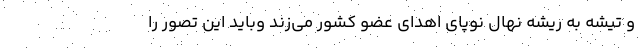
و تیشه به ریشه نهال نوپای اهدای عضو کشور می‌زند وباید این تصور را